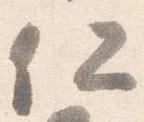
仁